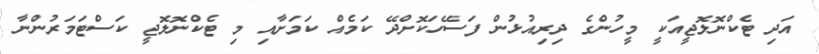
އަދި ޓެކްނޮލޮޖީއަކީ މީހުންގެ ދިރިއުޅުން ފަސޭހަކޮށްދޭ ކަމެއް ކަމަށާއި މި ޓެކްނޮލޮޖީ ކަސްޓަމަރުންނާ